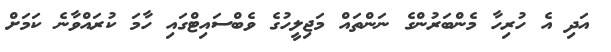
އަދި އެ ހުރިހާ މެންބަރުންގެ ނަންތައް މަޖިލީހުގެ ވެބްސައިޓްގައި ހާމަ ކުރައްވާނެ ކަމަށް